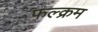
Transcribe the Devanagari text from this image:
फल्क्रम